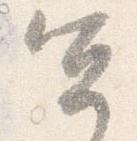
宜